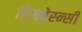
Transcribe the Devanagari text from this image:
फ्रिक्वेस्न्सी